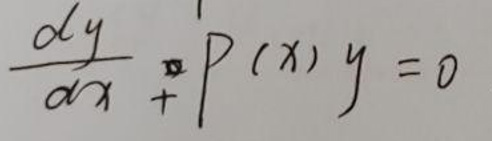
$\frac{dy}{dx}+P(x)y = 0$